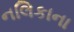
નલિકાના